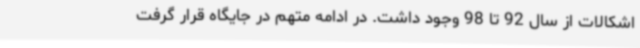
اشکالات از سال 92 تا 98 وجود داشت. در ادامه متهم در جایگاه قرار گرفت